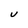
Character: U